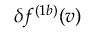
\delta f ^ { ( 1 b ) } ( \boldsymbol { v } )